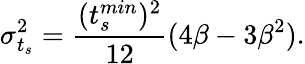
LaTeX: \sigma_{t_{s}}^{2}=\frac{(t_{s}^{min})^{2}}{12}(4\beta-3\beta^{2}).